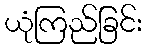
ယုံကြည်ခြင်း